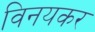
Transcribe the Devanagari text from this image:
विनयकर